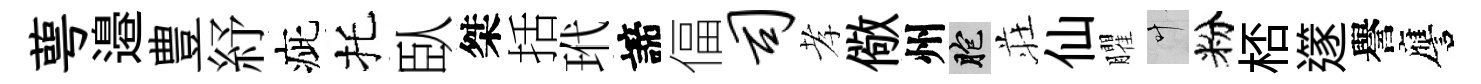
萼邉豊紓疵托臥桀括玳諦偪司孝儆州胞荘仙臞叶粉桮𨗹譽譍